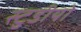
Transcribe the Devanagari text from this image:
स्टुडीयो